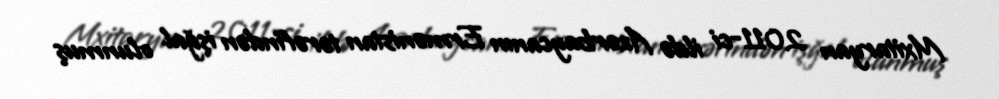
Mxitaryan 2011-ci ildə Azərbaycanın Ermənistan tərəfindən işğal olunmuş